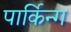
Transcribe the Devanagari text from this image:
पार्किन्ग